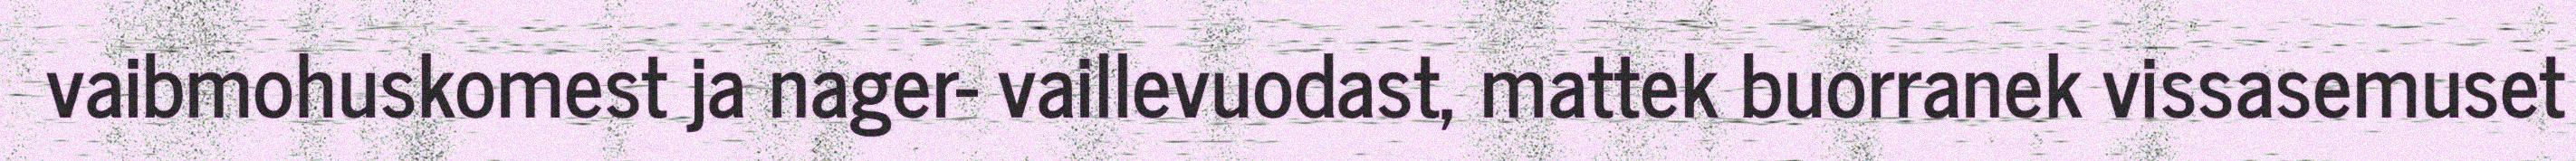
vaibmohuskomest ja nager- vaillevuodast, mattek buorranek vissasemuset